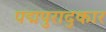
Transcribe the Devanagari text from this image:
पद्मपुराद्कार